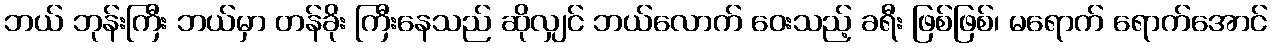
ဘယ် ဘုန်းကြီး ဘယ်မှာ တန်ခိုး ကြီးနေသည် ဆိုလျှင် ဘယ်လောက် ဝေးသည့် ခရီး ဖြစ်ဖြစ်၊ မရောက် ရောက်အောင်